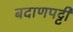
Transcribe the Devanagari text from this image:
बदाणपट्टी